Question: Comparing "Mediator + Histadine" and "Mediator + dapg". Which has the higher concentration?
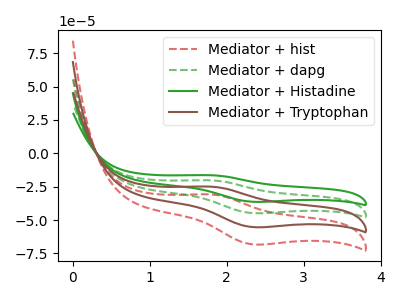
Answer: <think>The red dashed curve "Mediator + hist" has an anodic peak at (1.80V, -60.65uA) and a cathodic peak at (2.35V, -134.40uA). The green dashed curve "Mediator + dapg" has an anodic peak at (1.80V, -20.20uA) and a cathodic peak at (2.35V, -44.80uA). The green curve "Mediator + Histadine" has an anodic peak at (1.80V, -16.40uA) and a cathodic peak at (2.35V, -36.30uA). The brown curve "Mediator + Tryptophan" has an anodic peak at (1.80V, -40.45uA) and a cathodic peak at (2.35V, -89.60uA).
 All the peaks in "Mediator + Histadine" have a peak in "Mediator + dapg" at the same potential.</think>
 <answer>I cant tell if "Mediator + Histadine" or "Mediator + dapg" has higher concentration.</answer>
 <eval>mixed_concentration</eval>